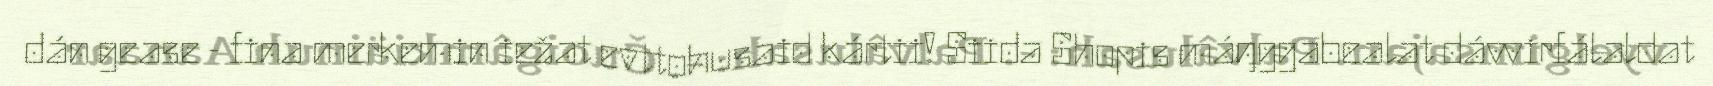
dán gease - fina merkemin iežat evttohusaid kártii! Siida Shopis máŋggabealat dávvirfálaldat